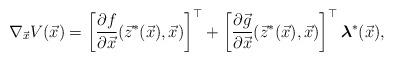
LaTeX: \begin{align*}\nabla_{\vec{x}}V(\vec{x}) =\left[\dfrac{\partial f}{\partial \vec{x}}(\vec{z}^{*}(\vec{x}),\vec{x})\right]^{\top}+\left[\dfrac{\partial \vec{g}}{\partial \vec{x}}(\vec{z}^{*}(\vec{x}), \vec{x})\right]^{\top}\boldsymbol{\lambda}^{*}(\vec{x}),\end{align*}